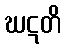
ဃဋတိ